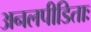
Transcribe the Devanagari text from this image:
अनलपीडिताः